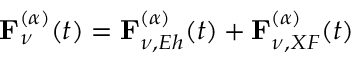
\mathbf { F } _ { \nu } ^ { ( \alpha ) } ( t ) = \mathbf { F } _ { \nu , E h } ^ { ( \alpha ) } ( t ) + \mathbf { F } _ { \nu , X F } ^ { ( \alpha ) } ( t )